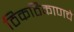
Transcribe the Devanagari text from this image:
ठिकठिकाणचे